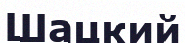
Шацкий